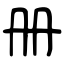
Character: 册